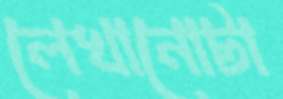
লেখানোটা